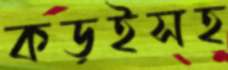
কড়ইসহ